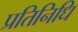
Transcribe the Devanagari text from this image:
प्रतिनिधि